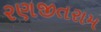
રણજીતરામ